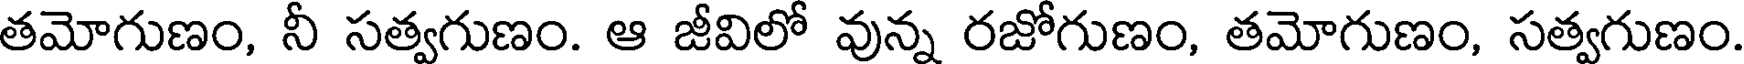
తమోగుణం, నీ సత్వగుణం. ఆ జీవిలో వున్న రజోగుణం, తమోగుణం, సత్వగుణం